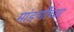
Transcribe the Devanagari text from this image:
मांडणींच्या